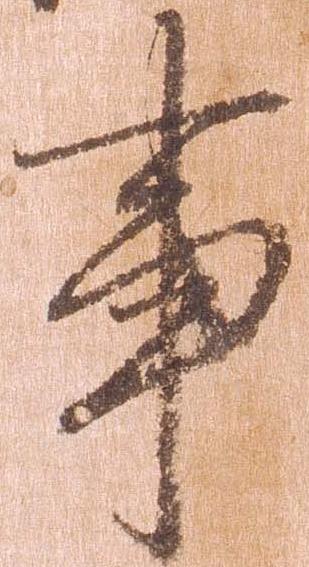
事